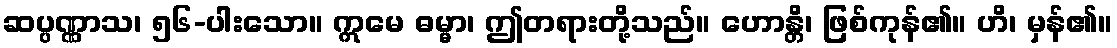
ဆပ္ပဏ္ဏာသ၊ ၅၆-ပါးသော။ ဣမေ ဓမ္မာ၊ ဤတရားတို့သည်။ ဟောန္တိ၊ ဖြစ်ကုန်၏။ ဟိ၊ မှန်၏။